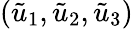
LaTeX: (\tilde{u}_{1},\tilde{u}_{2},\tilde{u}_{3})